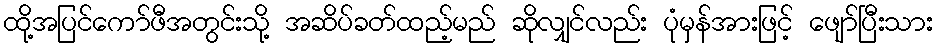
ထို့အပြင်ကော်ဖီအတွင်းသို့ အဆိပ်ခတ်ထည့်မည် ဆိုလျှင်လည်း ပုံမှန်အားဖြင့် ဖျော်ပြီးသား